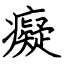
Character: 癡